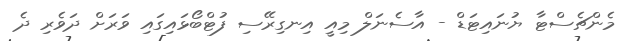
މެންޗެސްޓާ ޔުނައިޓަޑް - އާސެނަލް މިއީ އިނގިރޭސި ފުޓްބޯޅައިގައި ވަރަށް ދަވެރި ދެ